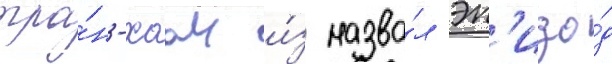
тра́н-хоаи и́з назва́л эп'изо́д